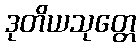
ဒုတိယသုတ္တေ